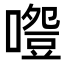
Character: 𠽵